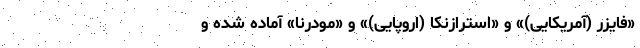
«فایزر (آمریکایی)» و «استرازنکا (اروپایی)» و «مودرنا» آماده شده و